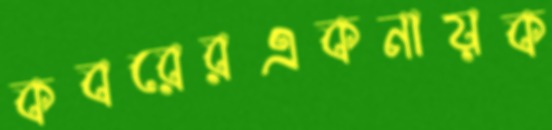
কবরেরএকনায়ক